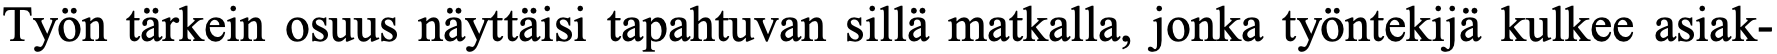
Työn tärkein osuus näyttäisi tapahtuvan sillä matkalla, jonka työntekijä kulkee asiak-